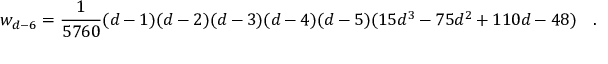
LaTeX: w _ { d - 6 } = { \frac { 1 } { 5 7 6 0 } } ( d - 1 ) ( d - 2 ) ( d - 3 ) ( d - 4 ) ( d - 5 ) ( 1 5 d ^ { 3 } - 7 5 d ^ { 2 } + 1 1 0 d - 4 8 ) ~ ~ ~ .